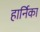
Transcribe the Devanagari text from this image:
हार्निका